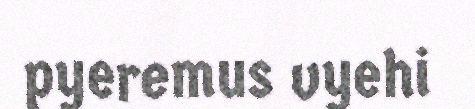
pyeremus vyehi